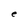
Character: e